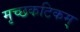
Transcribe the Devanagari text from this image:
मृच्छकटिकम्‌